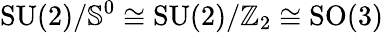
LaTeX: \mathrm{SU(2)}/{\mathbb S}^{0}\cong\mathrm{SU(2)}/{\mathbb Z}_{2}\cong\mathrm{SO(3)}